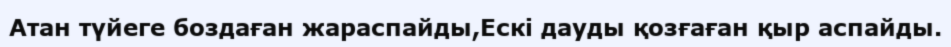
Атан түйеге боздаған жараспайды,Ескі дауды қозғаған қыр аспайды.